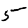
Digit: 5